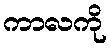
ကာလကို